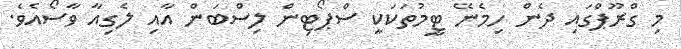
މި ގްރޫޕްގައި ދެން ހިމެނޭ ޓީމުތަކަކީ ސްޕޯޓިން ލިސްބަން އާއި ލެގިއާ ވާސޯއެވެ.